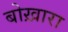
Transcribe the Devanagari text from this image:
बोख़ारा